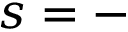
s = -